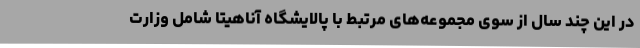
در این چند سال از سوی مجموعه‌های مرتبط با پالایشگاه آناهیتا شامل وزارت